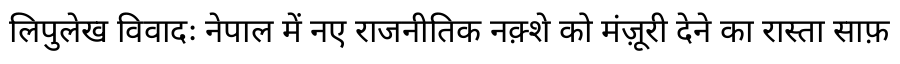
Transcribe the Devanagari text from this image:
लिपुलेख विवादः नेपाल में नए राजनीतिक नक़्शे को मंज़ूरी देने का रास्ता साफ़